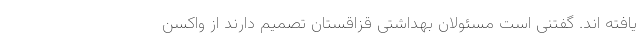
یافته اند. گفتنی است مسئولان بهداشتی قزاقستان تصمیم دارند از واکسن